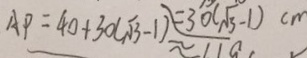
A P = 4 0 + 3 0 ( \sqrt { 3 } - 1 ) = 3 0 ( \sqrt { 3 } - 1 ) c m